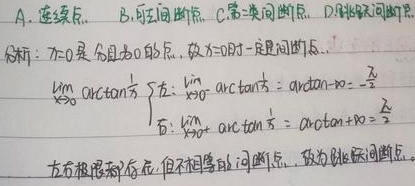
A. 连续点, B. 可去间断点, C. 第一类间断点, D. 跳跃间断点。

分析：\(x = 0\) 是 \(f(x)\) 无定义的点，故 \(x = 0\) 时一定是间断点。

\[
\begin{align*}
\lim_{x \to 0^{-}} \arctan\frac{1}{x} &= \arctan(-\infty)=-\frac{\pi}{2}\\
\lim_{x \to 0^{+}} \arctan\frac{1}{x} &= \arctan(+\infty)=\frac{\pi}{2}
\end{align*}
\]

左右极限都存在，但不相等的间断点，故为跳跃间断点。